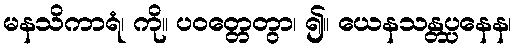
မနသိကာရံ၊ ကို။ ပဝတ္တေတွာ၊ ၍။ ယေနသန္တပ္ပနေန၊